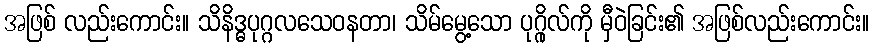
အဖြစ် လည်းကောင်း။ သိနိဒ္ဓပုဂ္ဂလသေဝနတာ၊ သိမ်မွေ့သော ပုဂ္ဂိုလ်ကို မှီဝဲခြင်း၏ အဖြစ်လည်းကောင်း။